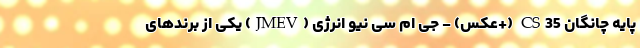
پایه چانگان CS35 (+عکس) - جِی ام سی نیو انرژی (JMEV) یکی از برندهای